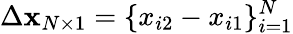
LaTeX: \Delta\textbf{x}_{N\times 1}=\{ x_{i2}-x_{i1}\} _{i=1}^{N}